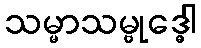
သမ္မာသမ္ဗုဒ္ဓေါ